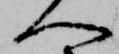
へ